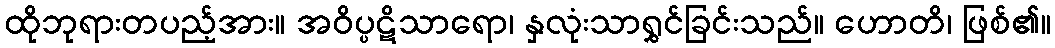
ထိုဘုရားတပည့်အား။ အဝိပ္ပဋိသာရော၊ နှလုံးသာရွှင်ခြင်းသည်။ ဟောတိ၊ ဖြစ်၏။